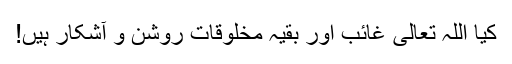
کیا اللہ تعالی غائب اور بقیہ مخلوقات روشن و آشکار ہیں!